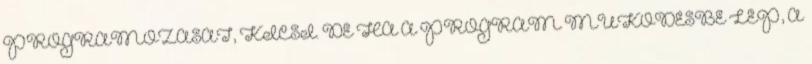
PROGRAMOZÁSÁT, KICSI. DE HA A PROGRAM MŰKÖDÉSBE LÉP, A